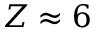
Z \approx 6